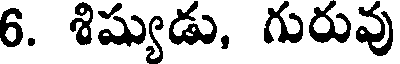
6. శిష్యుడు, గురువు